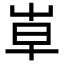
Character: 𡴐